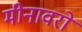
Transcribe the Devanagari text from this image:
मीनावरों